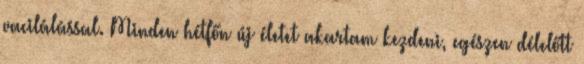
vacilálással. Minden hétfőn új életet akartam kezdeni, egészen délelőtt